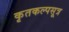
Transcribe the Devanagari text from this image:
कृतकल्पसूत्र